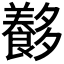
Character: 𡗍